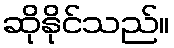
ဆိုနိုင်သည်။